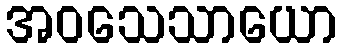
အဝသေသာယော